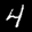
Label: 4